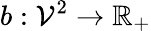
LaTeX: b:\mathcal{V}^{2}\to\mathbb{R}_{+}